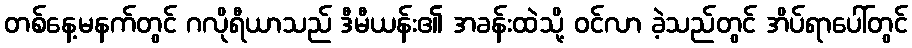
တစ်နေ့မနက်တွင် ဂလိုရီယာသည် ဒီမီယန်း၏ အခန်းထဲသို့ ဝင်လာ ခဲ့သည်တွင် အိပ်ရာပေါ်တွင်